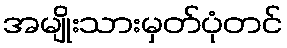
အမျိုးသားမှတ်ပုံတင်